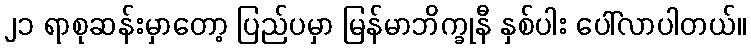
၂၁ ရာစုဆန်းမှာတော့ ပြည်ပမှာ မြန်မာဘိက္ခုနီ နှစ်ပါး ပေါ်လာပါတယ်။